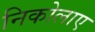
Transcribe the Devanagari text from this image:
निकोलाए